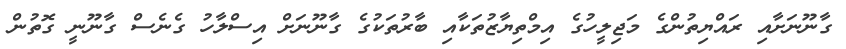
ގާނޫނަށާއި ރައްޔިތުންގެ މަޖިލީހުގެ އިމްތިޔާޒުތަކާއި ބާރުތަކުގެ ގާނޫނަށް އިސްލާހު ގެނެސް ގާނޫނީ ގޮތުން